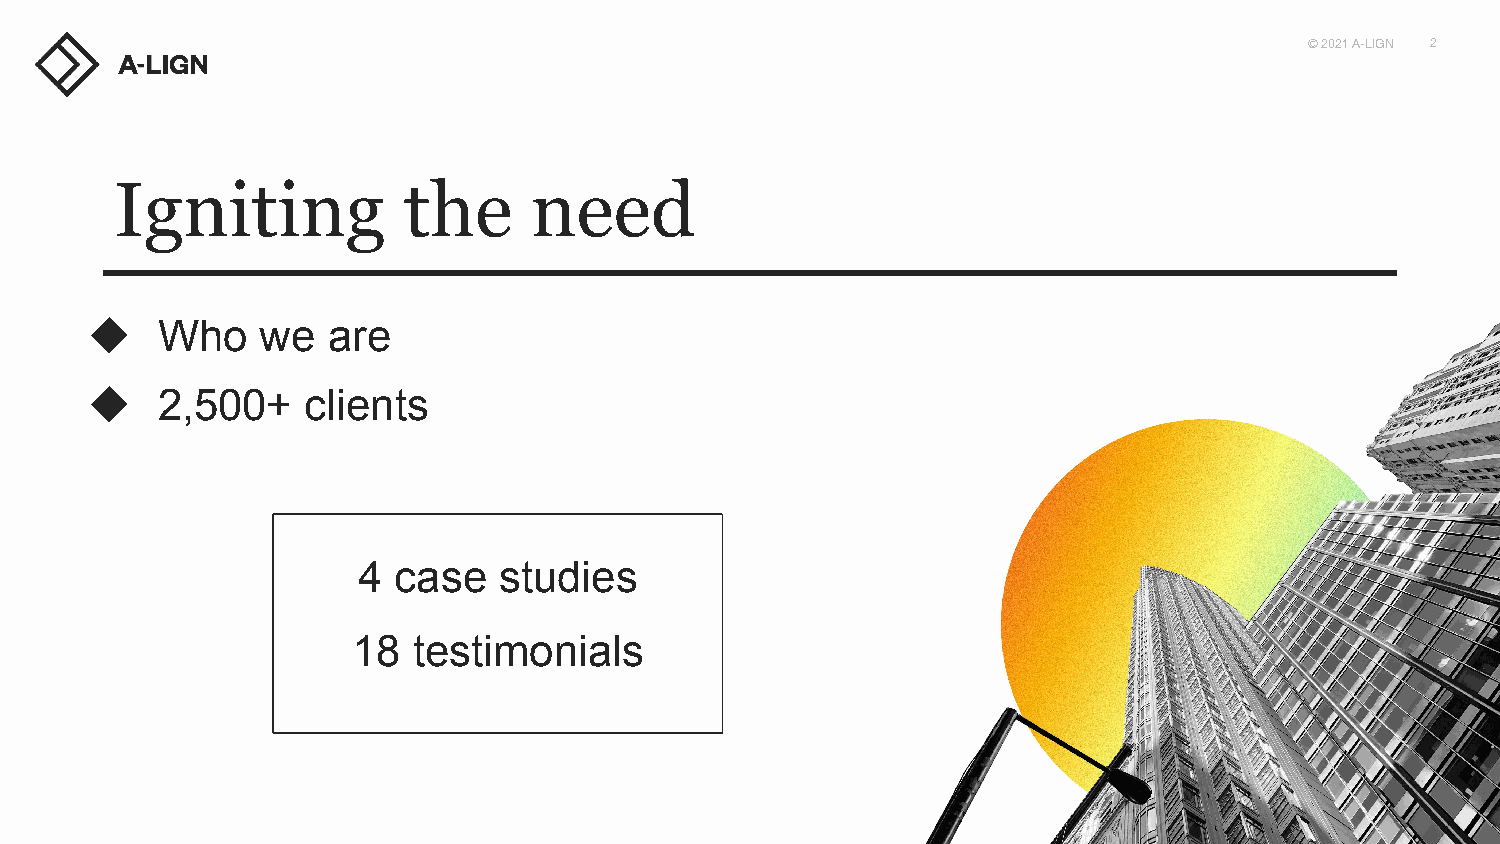
© 2021 A-LIGN 2
 Igniting           the     need
 ◆   Who    we   are
 ◆   2,500+    clients
 4 case   studies
 18  testimonials